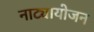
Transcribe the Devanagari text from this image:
नाट्यायोजन